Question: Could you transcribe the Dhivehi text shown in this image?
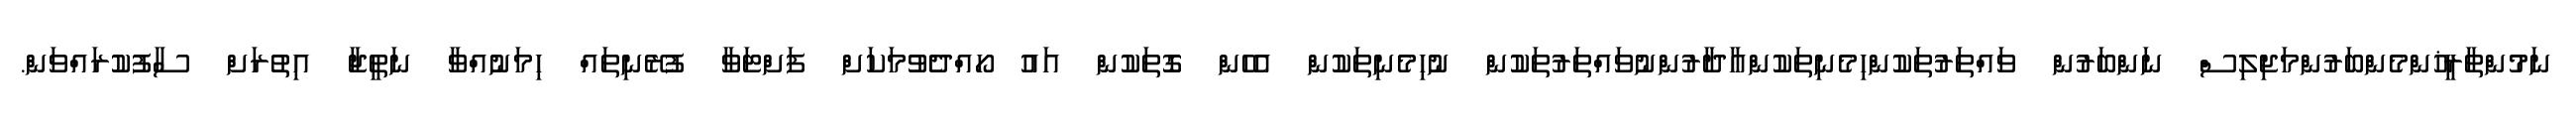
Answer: ނަމުންތާރީޚުންމެންބަރުންމަޖިލިސް ނަންބަރުން ވައްތަރުތަކުންހިމެނިތަކުންއާދާރުންނުވައްތަރުތަކުން ނުހިމެނިތަކުން އެހެން ގޮތަކުން އައު ހޯއްދެވުމަކަށް ފަށްޓަވާ ފުރޭނިތައް ހިމަނުއްވާ ނަތީޖާ އިތުރަށް ސާފުކުރައްވަން.